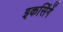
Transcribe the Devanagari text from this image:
इकसिंगें